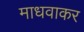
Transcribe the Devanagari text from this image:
माधवाकर